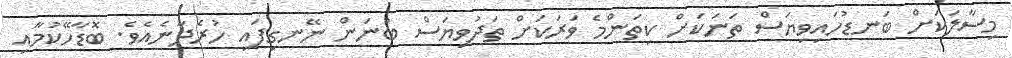
މިސާލަކަށް ބަނޑުހައިވިޔަސް ތަނަކަށް ކިތަންމެ ވަރަކަށް ތަދުވިޔަސް ބުނަން ނޭނގިފައި ހުރެދާނެއެވެ. ބޮޑާހޭކުމާއި